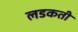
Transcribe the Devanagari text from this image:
लडकती